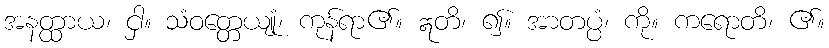
အနတ္ထာယ၊ ငှါ။ သံဝတ္တေယျုံ၊ ကုန်ရာ၏။ ဣတိ၊ ၍။ အာတပ္ပံ၊ ကို။ ကရောတိ၊ ၏။